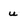
Character: u